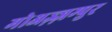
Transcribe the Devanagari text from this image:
मोअज़्ज़म्पुर